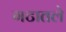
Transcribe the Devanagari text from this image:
गटातले